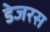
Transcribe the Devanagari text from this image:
डेजरस